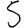
Digit: 5